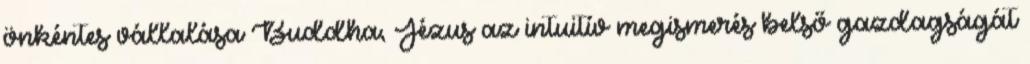
önkéntes vállalása Buddha, Jézus az intuitív megismerés belső gazdagságát